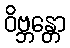
ဝိဗ္ဘန္တော